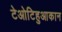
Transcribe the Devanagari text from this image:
टेओटिहुआकान